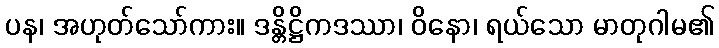
ပန၊ အဟုတ်သော်ကား။ ဒန္တိဋ္ဌိကဒဿာ၊ ဝိနော၊ ရယ်သော မာတုဂါမ၏